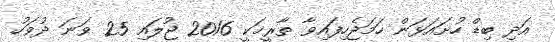
އަދި ބިޑް ހުށައަޅަން ހަމަޖެހިފައިވާ ތާރީޚަކީ 2016 ޖުލައި 25 ވަނަ ދުވަހު